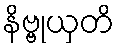
နိဗ္ဗုယှတိ